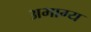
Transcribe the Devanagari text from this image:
अभाग्य